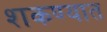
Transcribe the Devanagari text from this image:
शकण्यात